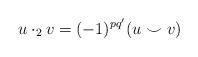
LaTeX: \begin{align*}u\cdot_2 v = (-1)^{pq'}(u\smile v)\end{align*}